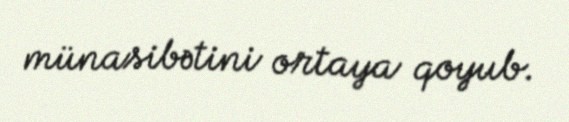
münasibətini ortaya qoyub.